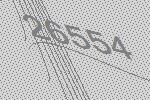
26554